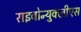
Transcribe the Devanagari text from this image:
राइबोन्युक्लीएस